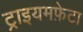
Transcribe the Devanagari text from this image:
ट्राइयमफ़ेटा